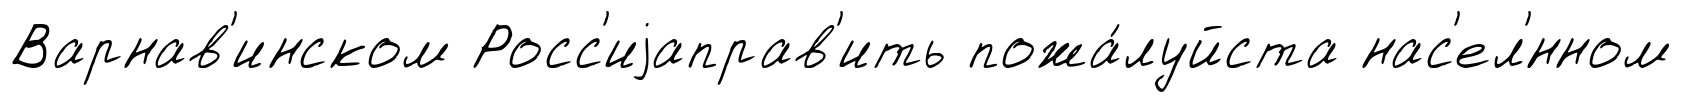
Варнав'инском Росс'иjаправ'ить пожа́луйста нас'ел'́нном